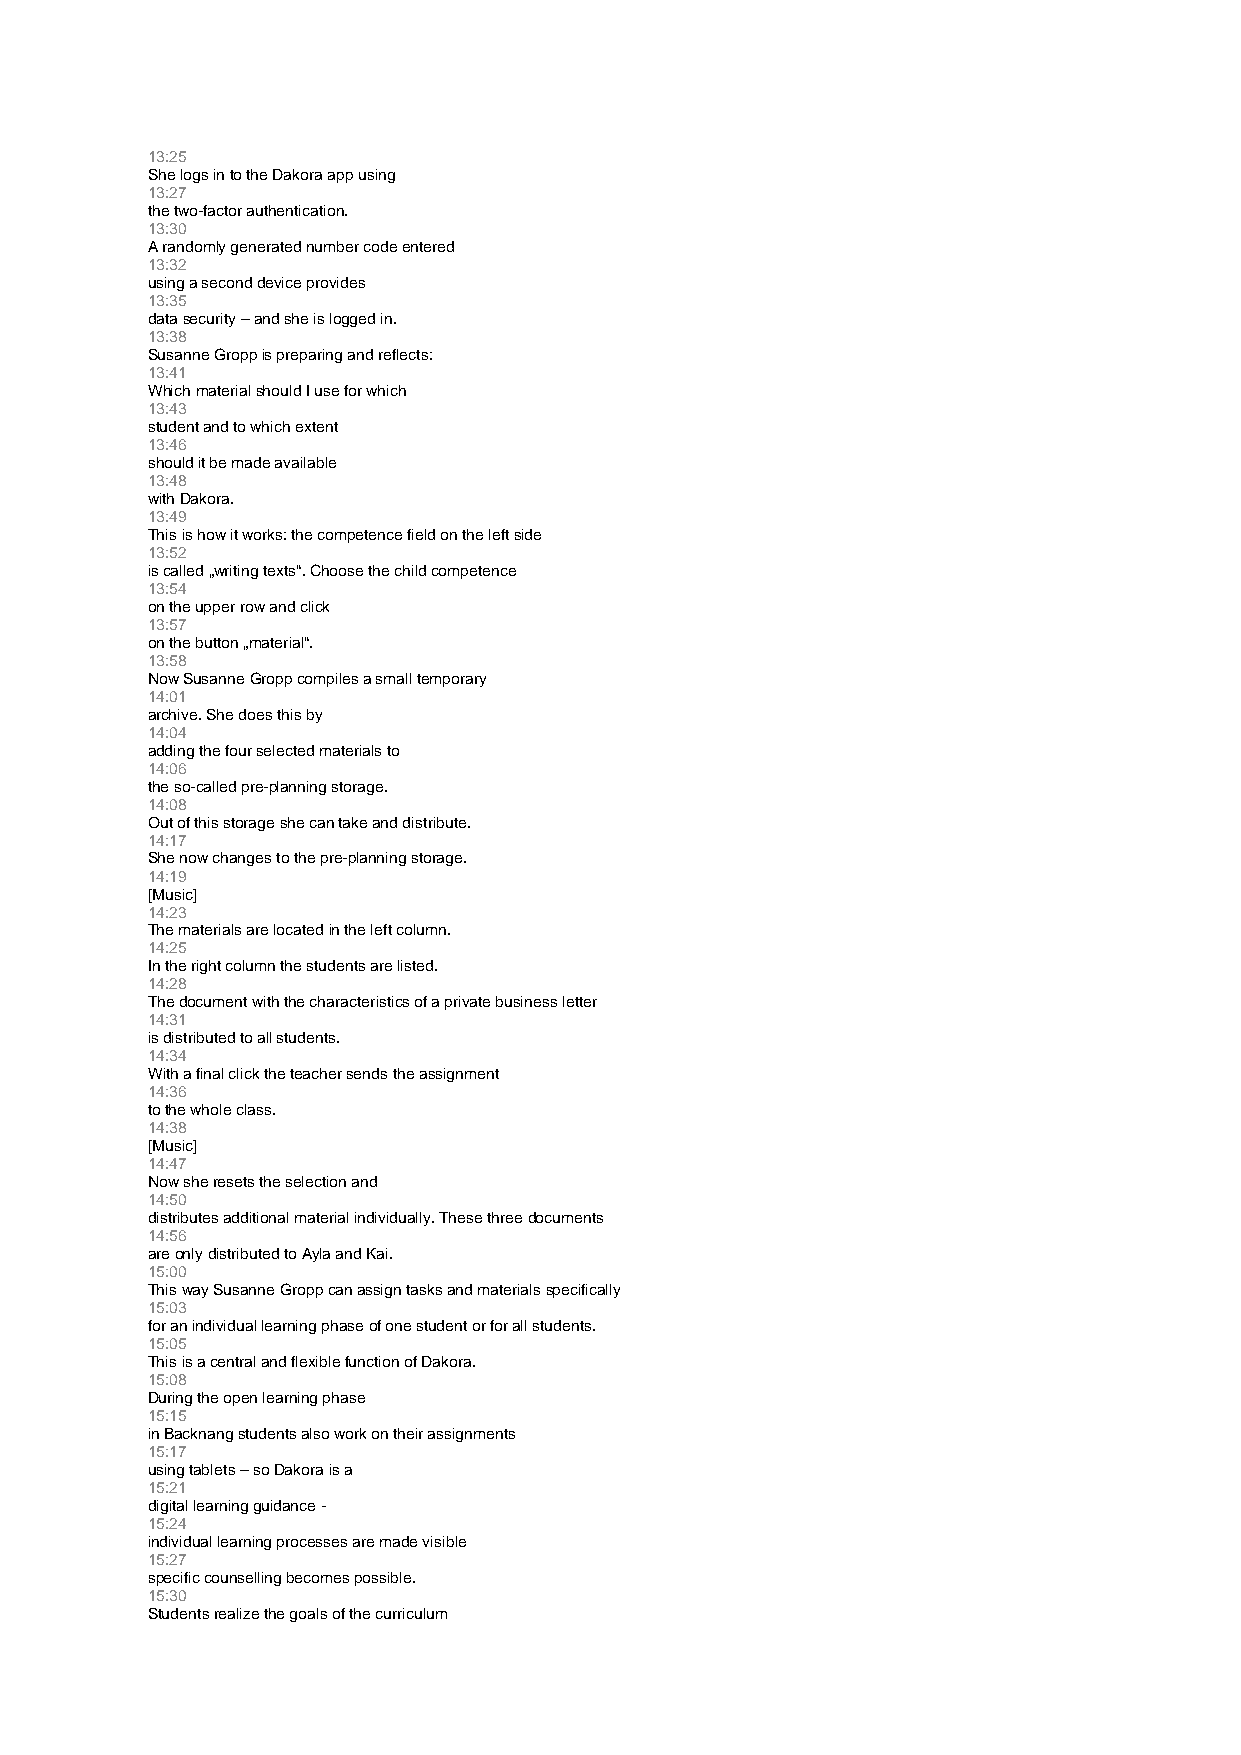
13:25
 She logs in to the Dakora app using
 13:27
 the two-factor authentication.
 13:30
 A randomly generated number code entered
 13:32
 using a second device provides
 13:35
 data security – and she is logged in.
 13:38
 Susanne Gropp is preparing and reflects:
 13:41
 Which material should I use for which
 13:43
 student and to which extent
 13:46
 should it be made available
 13:48
 with Dakora.
 13:49
 This is how it works: the competence field on the left side
 13:52
 is called „writing texts“. Choose the child competence
 13:54
 on the upper row and click
 13:57
 on the button „material“.
 13:58
 Now Susanne Gropp compiles a small temporary
 14:01
 archive. She does this by
 14:04
 adding the four selected materials to
 14:06
 the so-called pre-planning storage.
 14:08
 Out of this storage she can take and distribute.
 14:17
 She now changes to the pre-planning storage.
 14:19
 [Music]
 14:23
 The materials are located in the left column.
 14:25
 In the right column the students are listed.
 14:28
 The document with the characteristics of a private business letter
 14:31
 is distributed to all students.
 14:34
 With a final click the teacher sends the assignment
 14:36
 to the whole class.
 14:38
 [Music]
 14:47
 Now she resets the selection and
 14:50
 distributes additional material individually. These three documents
 14:56
 are only distributed to Ayla and Kai.
 15:00
 This way Susanne Gropp can assign tasks and materials specifically
 15:03
 for an individual learning phase of one student or for all students.
 15:05
 This is a central and flexible function of Dakora.
 15:08
 During the open learning phase
 15:15
 in Backnang students also work on their assignments
 15:17
 using tablets – so Dakora is a
 15:21
 digital learning guidance -
 15:24
 individual learning processes are made visible
 15:27
 specific counselling becomes possible.
 15:30
 Students realize the goals of the curriculum